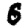
Digit: 6